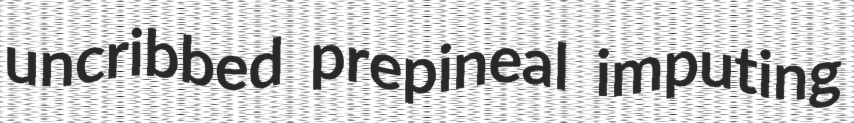
uncribbed prepineal imputing